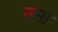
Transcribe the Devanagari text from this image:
नना